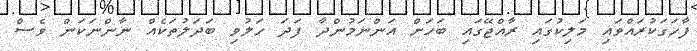
ފާހަގަކުރައްވައި މަލިކުގައި ރާއްޖޭގައި ބަހަށް އަންނަމުންދާ ފަދަ ހަލުވި ބަދަލުތަކެއް ނާންނަކަން ވެސް